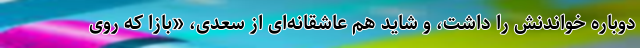
دوباره خواندنش را داشت، و شاید هم عاشقانه‌ای از سعدی، «بازا که روی